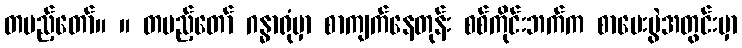
တပည့်တော်။ ။ တပည့်တော် ဂန္ဓာရုံမှာ စာကျက်နေတုန်း စစ်ကိုင်းဘက်က စာမေးပွဲအတွင်းမှာ